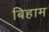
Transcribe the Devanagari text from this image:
बिहाम